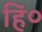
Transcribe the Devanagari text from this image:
हिं०